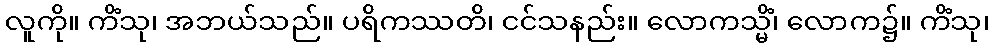
လူကို။ ကိံသု၊ အဘယ်သည်။ ပရိကဿတိ၊ ငင်သနည်း။ လောကသ္မိံ၊ လောက၌။ ကိံသု၊